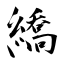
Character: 繑